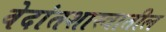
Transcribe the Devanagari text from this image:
वेदांतशास्त्रातील